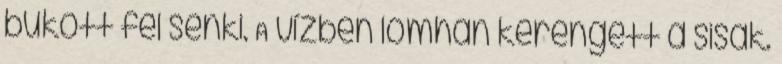
bukott fel senki. A vízben lomhán kerengett a sisak.